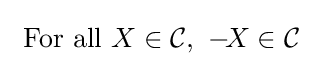
{\text{ For all }}X\in {\mathcal {C}},~-\!X\in {\mathcal {C}}